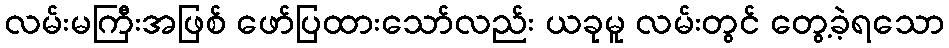
လမ်းမကြီးအဖြစ် ဖော်ပြထားသော်လည်း ယခုမူ လမ်းတွင် တွေ့ခဲ့ရသော